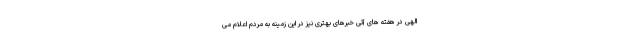
الهی در هفته های آتی خبرهای بهتری نیز در این زمینه به مردم اعلام می